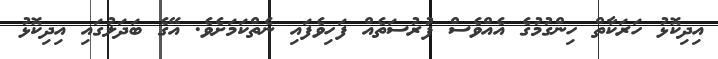
އިދިކޮޅު ހަރަކާތް ހިންގުމުގެ އެއްވެސް ފުރުސަތެއް ފަހިވެފައި ނެތްކަމަށެވެ. އޭގެ ބަދަލުގައި އިދިކޮޅު